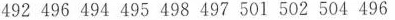
492 496 494 495 498 497 501 502 504 496